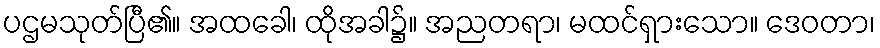
ပဌမသုတ်ပြီ၏။ အထခေါ၊ ထိုအခါ၌။ အညတရာ၊ မထင်ရှားသော။ ဒေဝတာ၊